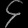
Digit: ၄